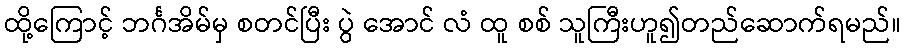
ထို့ကြောင့် ဘင်္ဂအိမ်မှ စတင်ပြီး ပွဲ အောင် လံ ထူ စစ် သူကြီးဟူ၍တည်ဆောက်ရမည်။